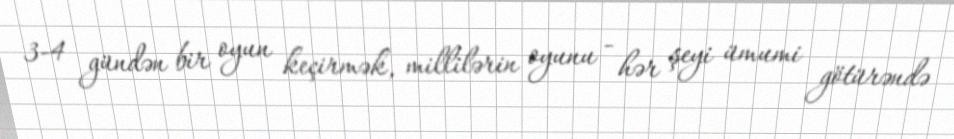
3-4 gündən bir oyun keçirmək, millilərin oyunu - hər şeyi ümumi götürəndə